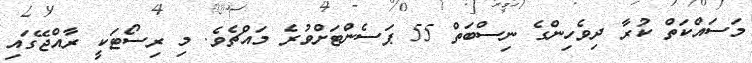
މަސައްކަތް ކުރާ ދިވެހިންގެ ނިސްބަތް 55 ޕަސެންޓަށްވުރެ މައްޗެވެ. މި ރިސޯޓަކީ ރާއްޖޭގައި